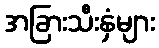
အခြားသီးနှံများ